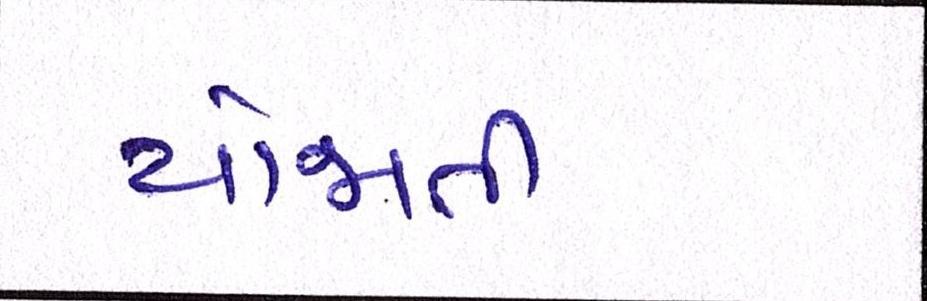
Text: યોજાતી